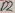
Text: D2